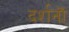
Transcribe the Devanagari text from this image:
दर्शनॊं